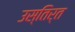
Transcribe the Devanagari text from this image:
उस्तिर्त